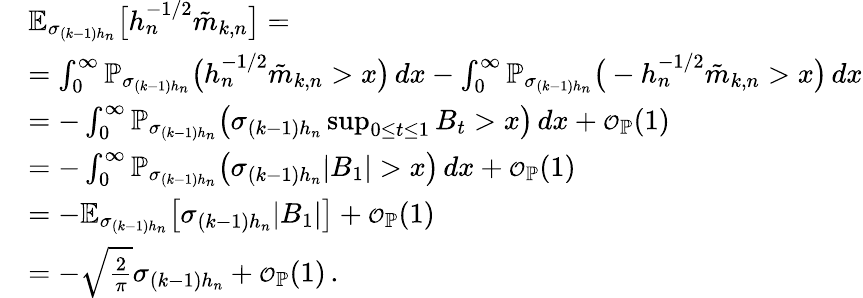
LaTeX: \begin{array}{rl}&{\mathbb{E}_{\sigma_{(k-1)h_{n}}}\big[h_{n}^{-1/2}\tilde{m}_{k,n}\big]=}\\ &{=\int_{0}^{\infty}\mathbb{P}_{\sigma_{(k-1)h_{n}}}\big(h_{n}^{-1/2}\tilde{m}_{k,n}>x\big)\, dx-\int_{0}^{\infty}\mathbb{P}_{\sigma_{(k-1)h_{n}}}\big(-h_{n}^{-1/2}\tilde{m}_{k,n}>x\big)\, dx}\\ &{=-\int_{0}^{\infty}\mathbb{P}_{\sigma_{(k-1)h_{n}}}\big(\sigma_{(k-1)h_{n}}\operatorname*{sup}_{0\le t\le 1}B_{t}>x\big)\, dx+{\scriptstyle{\mathcal{O}}}_{\mathbb{P}}(1)}\\ &{=-\int_{0}^{\infty}\mathbb{P}_{\sigma_{(k-1)h_{n}}}\big(\sigma_{(k-1)h_{n}}|B_{1}|>x\big)\, dx+{\scriptstyle{\mathcal{O}}}_{\mathbb{P}}(1)}\\ &{=-\mathbb{E}_{\sigma_{(k-1)h_{n}}}\big[\sigma_{(k-1)h_{n}}|B_{1}|\big]+{\scriptstyle{\mathcal{O}}}_{\mathbb{P}}(1)}\\ &{=-\sqrt{\frac{2}{\pi}}\sigma_{(k-1)h_{n}}+{\scriptstyle{\mathcal{O}}}_{\mathbb{P}}(1)\, .}\end{array}